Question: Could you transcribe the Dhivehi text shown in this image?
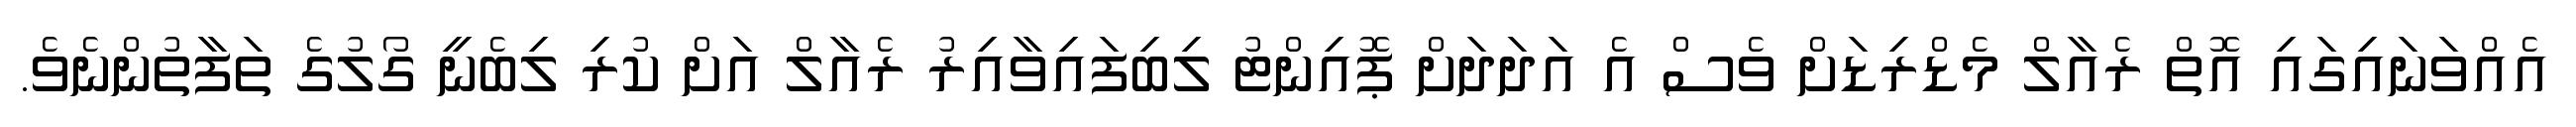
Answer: އެއްވަނައިގައި އޮތް ރެއާލް މެޑްރިޑަށް ވެސް އެ އަދަދަށް ޕޮއިންޓު ލިބިފައިވާއިރު ރެއާލް އަށް ކުރި ލިބެނީ ގޯލުގެ ތަފާތުންނެވެ.